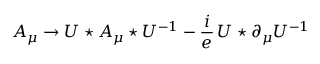
A _ { \mu } \rightarrow U \star A _ { \mu } \star U ^ { - 1 } - \frac { i } { e } \, U \star \partial _ { \mu } U ^ { - 1 }